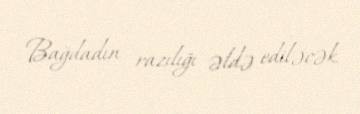
Bağdadın razılığı əldə ediləcək.